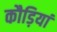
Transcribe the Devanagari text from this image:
कौड़ियां